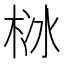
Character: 栤